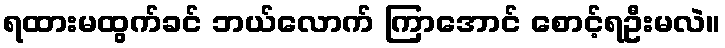
ရထားမထွက်ခင် ဘယ်လောက် ကြာအောင် စောင့်ရဦးမလဲ။